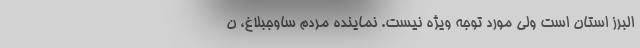
البرز استان است ولی مورد توجه ویژه نیست. نماینده مردم ساوجبلاغ، ن